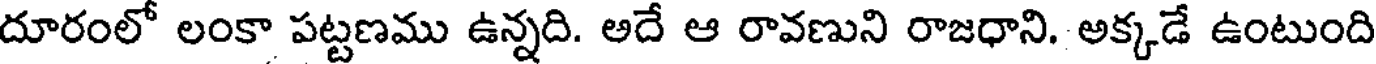
దూరంలో లంకా పట్టణము ఉన్నది. అదే ఆ రావణుని రాజధాని. అక్కడే ఉంటుంది